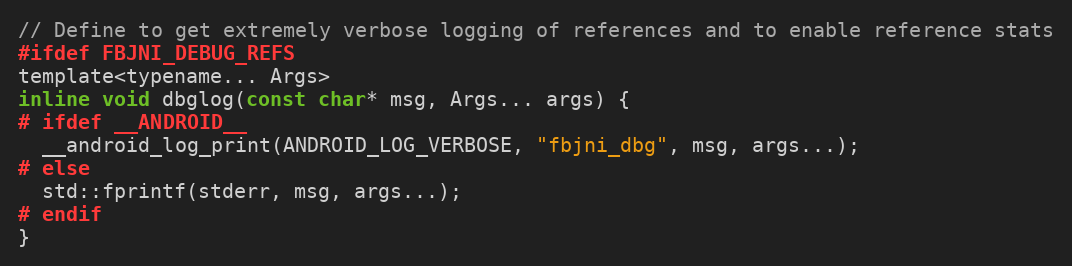
Language: C
// Define to get extremely verbose logging of references and to enable reference stats
#ifdef FBJNI_DEBUG_REFS
template<typename... Args>
inline void dbglog(const char* msg, Args... args) {
# ifdef __ANDROID__
  __android_log_print(ANDROID_LOG_VERBOSE, "fbjni_dbg", msg, args...);
# else
  std::fprintf(stderr, msg, args...);
# endif
}